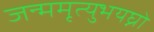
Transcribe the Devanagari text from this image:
जन्ममृत्युभयघ्नो